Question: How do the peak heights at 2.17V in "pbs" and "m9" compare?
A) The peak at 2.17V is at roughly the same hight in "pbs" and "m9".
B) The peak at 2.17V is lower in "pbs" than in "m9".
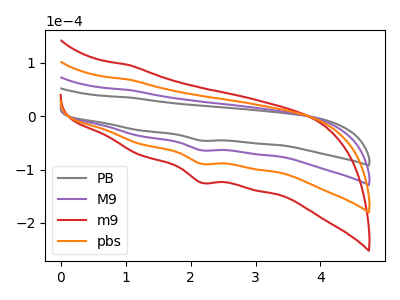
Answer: <think>The gray curve "PB" has a cathodic peak at: (2.15V, -45.65uA). The purple curve "M9" has a cathodic peak at: (2.15V, -63.80uA). The red curve "m9" has a cathodic peak at: (2.15V, -191.40uA). The orange curve "pbs" has a cathodic peak at: (2.15V, -127.60uA).</think>
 <answer>B) The peak at 2.17V is lower in "pbs" than in "m9".</answer>
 <eval>B</eval>